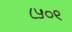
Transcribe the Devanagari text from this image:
८५०९